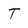
Character: T